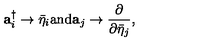
{ \bf a } _ { i } ^ { \dagger } \rightarrow \bar { \eta } _ { i } \mathrm { a n d } { \bf a } _ { j } \rightarrow \frac { \partial } { \partial \bar { \eta } _ { j } } ,